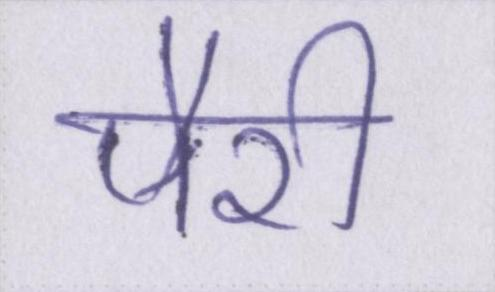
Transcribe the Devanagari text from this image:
पैरी